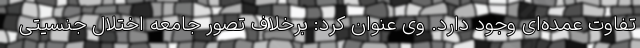
تفاوت عمده‌ای وجود دارد. وی عنوان کرد: برخلاف تصور جامعه اختلال جنسیتی